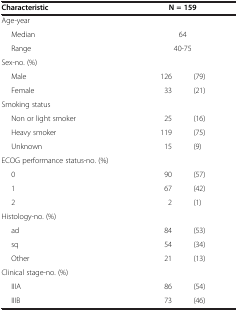
<table><thead><tr><td><b>Characteristic</b></td><td colspan="2"><b>N = 159</b></td></tr></thead><tbody><tr><td>Age-year</td><td> </td><td> </td></tr><tr><td>Median</td><td colspan="2">64</td></tr><tr><td>Range</td><td colspan="2">40-75</td></tr><tr><td>Sex-no. (%)</td><td> </td><td> </td></tr><tr><td>Male</td><td>126</td><td>(79)</td></tr><tr><td>Female</td><td>33</td><td>(21)</td></tr><tr><td>Smoking status</td><td> </td><td> </td></tr><tr><td>Non or light smoker</td><td>25</td><td>(16)</td></tr><tr><td>Heavy smoker</td><td>119</td><td>(75)</td></tr><tr><td>Unknown</td><td>15</td><td>(9)</td></tr><tr><td>ECOG performance status-no. (%)</td><td> </td><td> </td></tr><tr><td>0</td><td>90</td><td>(57)</td></tr><tr><td>1</td><td>67</td><td>(42)</td></tr><tr><td>2</td><td>2</td><td>(1)</td></tr><tr><td>Histology-no. (%)</td><td> </td><td> </td></tr><tr><td>ad</td><td>84</td><td>(53)</td></tr><tr><td>sq</td><td>54</td><td>(34)</td></tr><tr><td>Other</td><td>21</td><td>(13)</td></tr><tr><td>Clinical stage-no. (%)</td><td> </td><td> </td></tr><tr><td>IIIA</td><td>86</td><td>(54)</td></tr><tr><td>IIIB</td><td>73</td><td>(46)</td></tr></tbody></table>